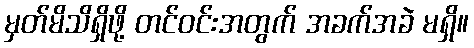
မှတ်မိသိရှိဖို့ တင်ဝင်းအတွက် အခက်အခဲ မရှိ။